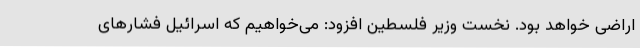
اراضی خواهد بود. نخست وزیر فلسطین افزود: می‌خواهیم که اسرائیل فشارهای